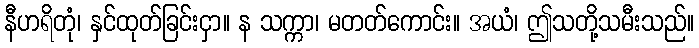
နီဟရိတုံ၊ နှင်ထုတ်ခြင်းငှာ။ န သက္ကာ၊ မတတ်ကောင်း။ အယံ၊ ဤသတို့သမီးသည်။